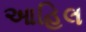
આહિલ